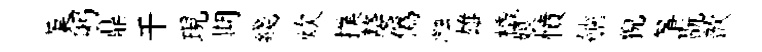
蕖躬鼎干現期綫炊撲嫠偽瀜雄橇娘憤艫猊筝翫歆